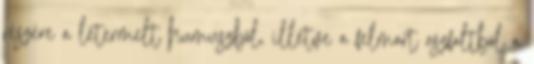
részére a letermelt humuszból, illetve a felmart aszfaltból a